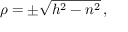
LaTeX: \textstyle \rho = \pm { \sqrt { h ^ { 2 } - n ^ { 2 } } } \, ,